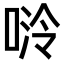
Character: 𫪬